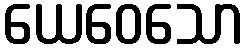
ယေဝေသော